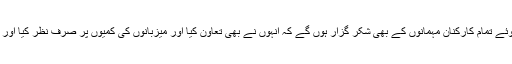
پھر انہیں فضلوں کا ذکر کرتے ہوئے تمام کارکنان مہمانوں کے بھی شکر گزار ہوں گے کہ انہوں نے بھی تعاون کیا اور میزبانوں کی کمیوں پر صرف نظر کیا اور کسی قسم کا شکوہ یا گلہ نہیں کیا۔